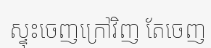
ស្ទុះចេញក្រៅវិញ តែចេញ